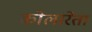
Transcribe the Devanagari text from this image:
कोलारेता